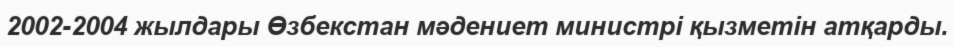
2002-2004 жылдары Өзбекстан мәдениет министрі қызметін атқарды.